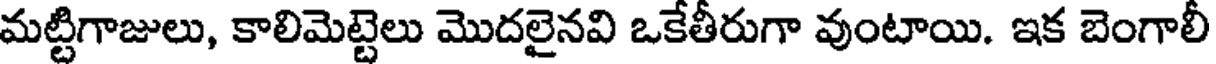
మట్టిగాజులు, కాలిమెట్టెలు మొదలైనవి ఒకేతీరుగా వుంటాయి. ఇక బెంగాలీ